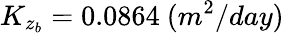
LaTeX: K_{z_{b}}=0.0864~(m^{2}/day)